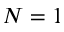
N = 1